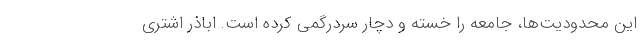
این محدودیت‌ها، جامعه را خسته و دچار سردرگمی کرده است. اباذر اشتری